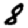
Digit: 8